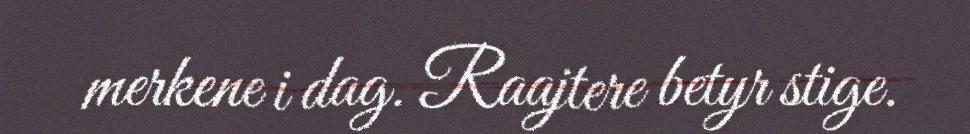
merkene i dag. Raajtere betyr stige.